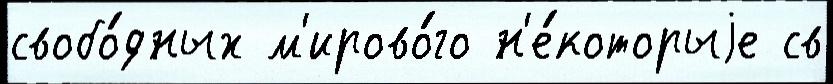
свобо́дных м'ирово́го н'е́которыjе св